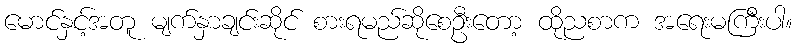
မောင်နှင့်အတူ မျက်နှာချင်းဆိုင် စားရမည်ဆိုစေဦးတော့ ထိုညစာက အရေးမကြီးပါ။